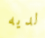
لديه